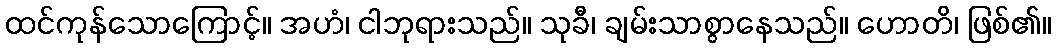
ထင်ကုန်သောကြောင့်။ အဟံ၊ ငါဘုရားသည်။ သုခီ၊ ချမ်းသာစွာနေသည်။ ဟောတိ၊ ဖြစ်၏။